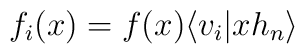
f_i(x)=f(x)\langle v_i \vert x h_n \rangle